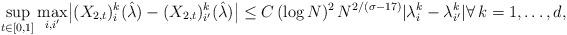
LaTeX: \begin{align*}\sup_{t\in[0,1]} \max_{i,i'}\bigl|(X_{2,t})_i^k(\hat\lambda)-(X_{2,t})_{i'}^k(\hat \lambda)\bigr|\le C\,(\log N)^2\,N^{2/(\sigma-17)}|\lambda_i^k-\lambda_{i'}^{k}|\forall\,k=1,\dots,d,\end{align*}